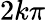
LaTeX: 2k\pi